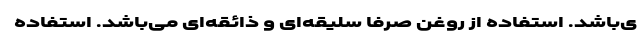
ی‌باشد. استفاده از روغن صرفا سلیقه‌ای و ذائقه‌ای می‌باشد. استفاده